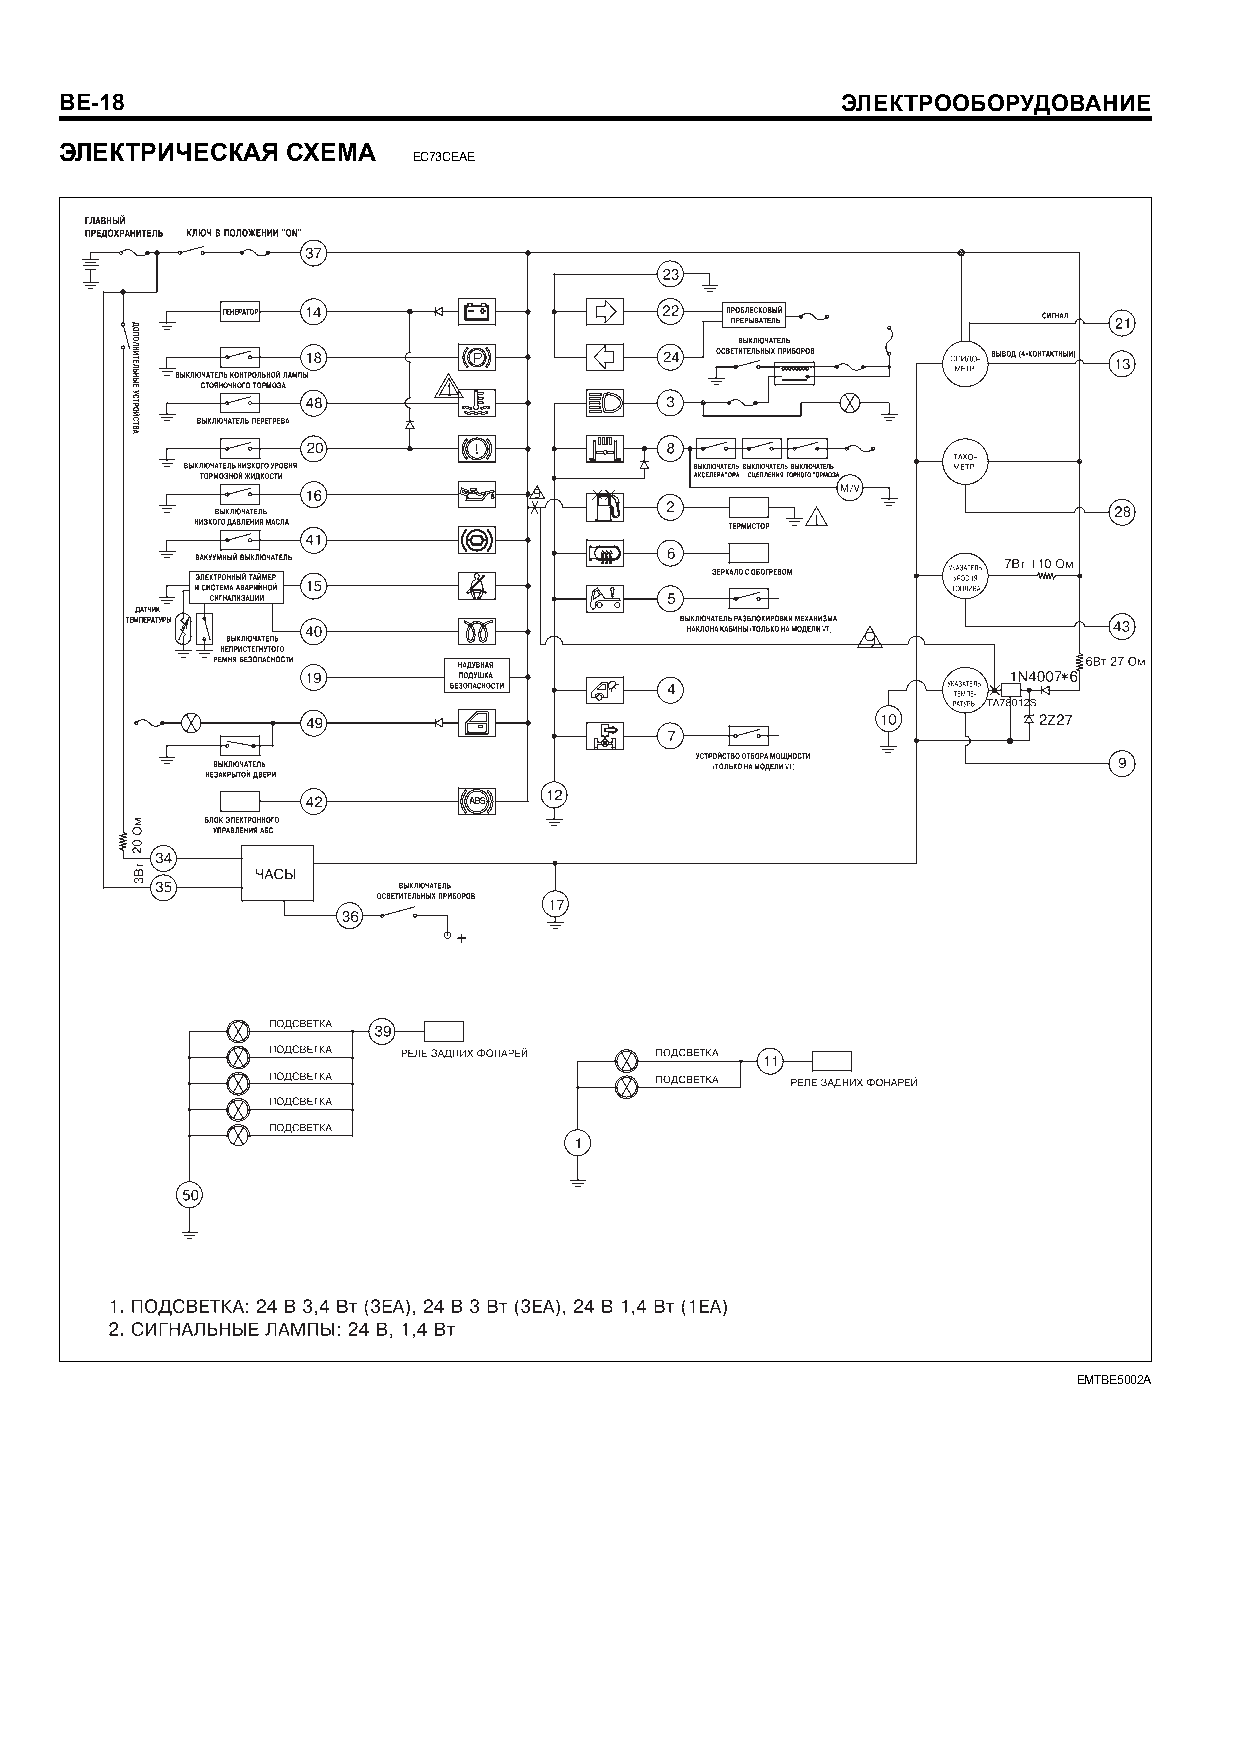
BE-18                                               ÝËÅÊÒÐÎÎÁÎÐÓÄÎÂÀÍÈÅ
 ÝËÅÊÒÐÈ×ÅÑÊÀß  ÑÕÅÌÀ
 EC73CEAE
 EMTBE5002A